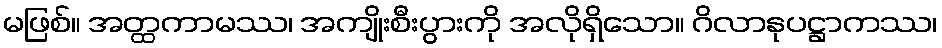
မဖြစ်။ အတ္ထကာမဿ၊ အကျိုးစီးပွားကို အလိုရှိသော။ ဂိလာနုပဋ္ဌာကဿ၊